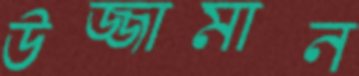
উজ্জামান